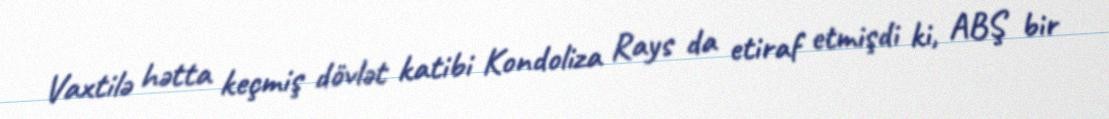
Vaxtilə hətta keçmiş dövlət katibi Kondoliza Rays da etiraf etmişdi ki, ABŞ bir